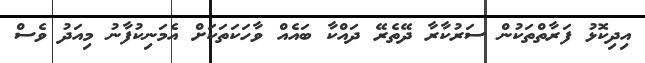
އިދިކޮޅު ފަރާތްތަކުން ސަރުކާރާ ދޭތެރޭ ދައްކާ ބައެއް ވާހަކަތަކަށް އެމަނިކުފާނު މިއަދު ވެސް